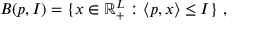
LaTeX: B ( p , I ) = \{ x \in \mathbb { R } _ { + } ^ { L } : \langle p , x \rangle \leq I \} \ ,